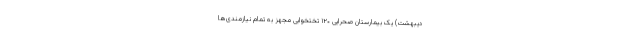
دیبهشت) یک بیمارستان صحرایی ۱۲۰ تختخوابی مجهز به تمام نیازمندی‌ها